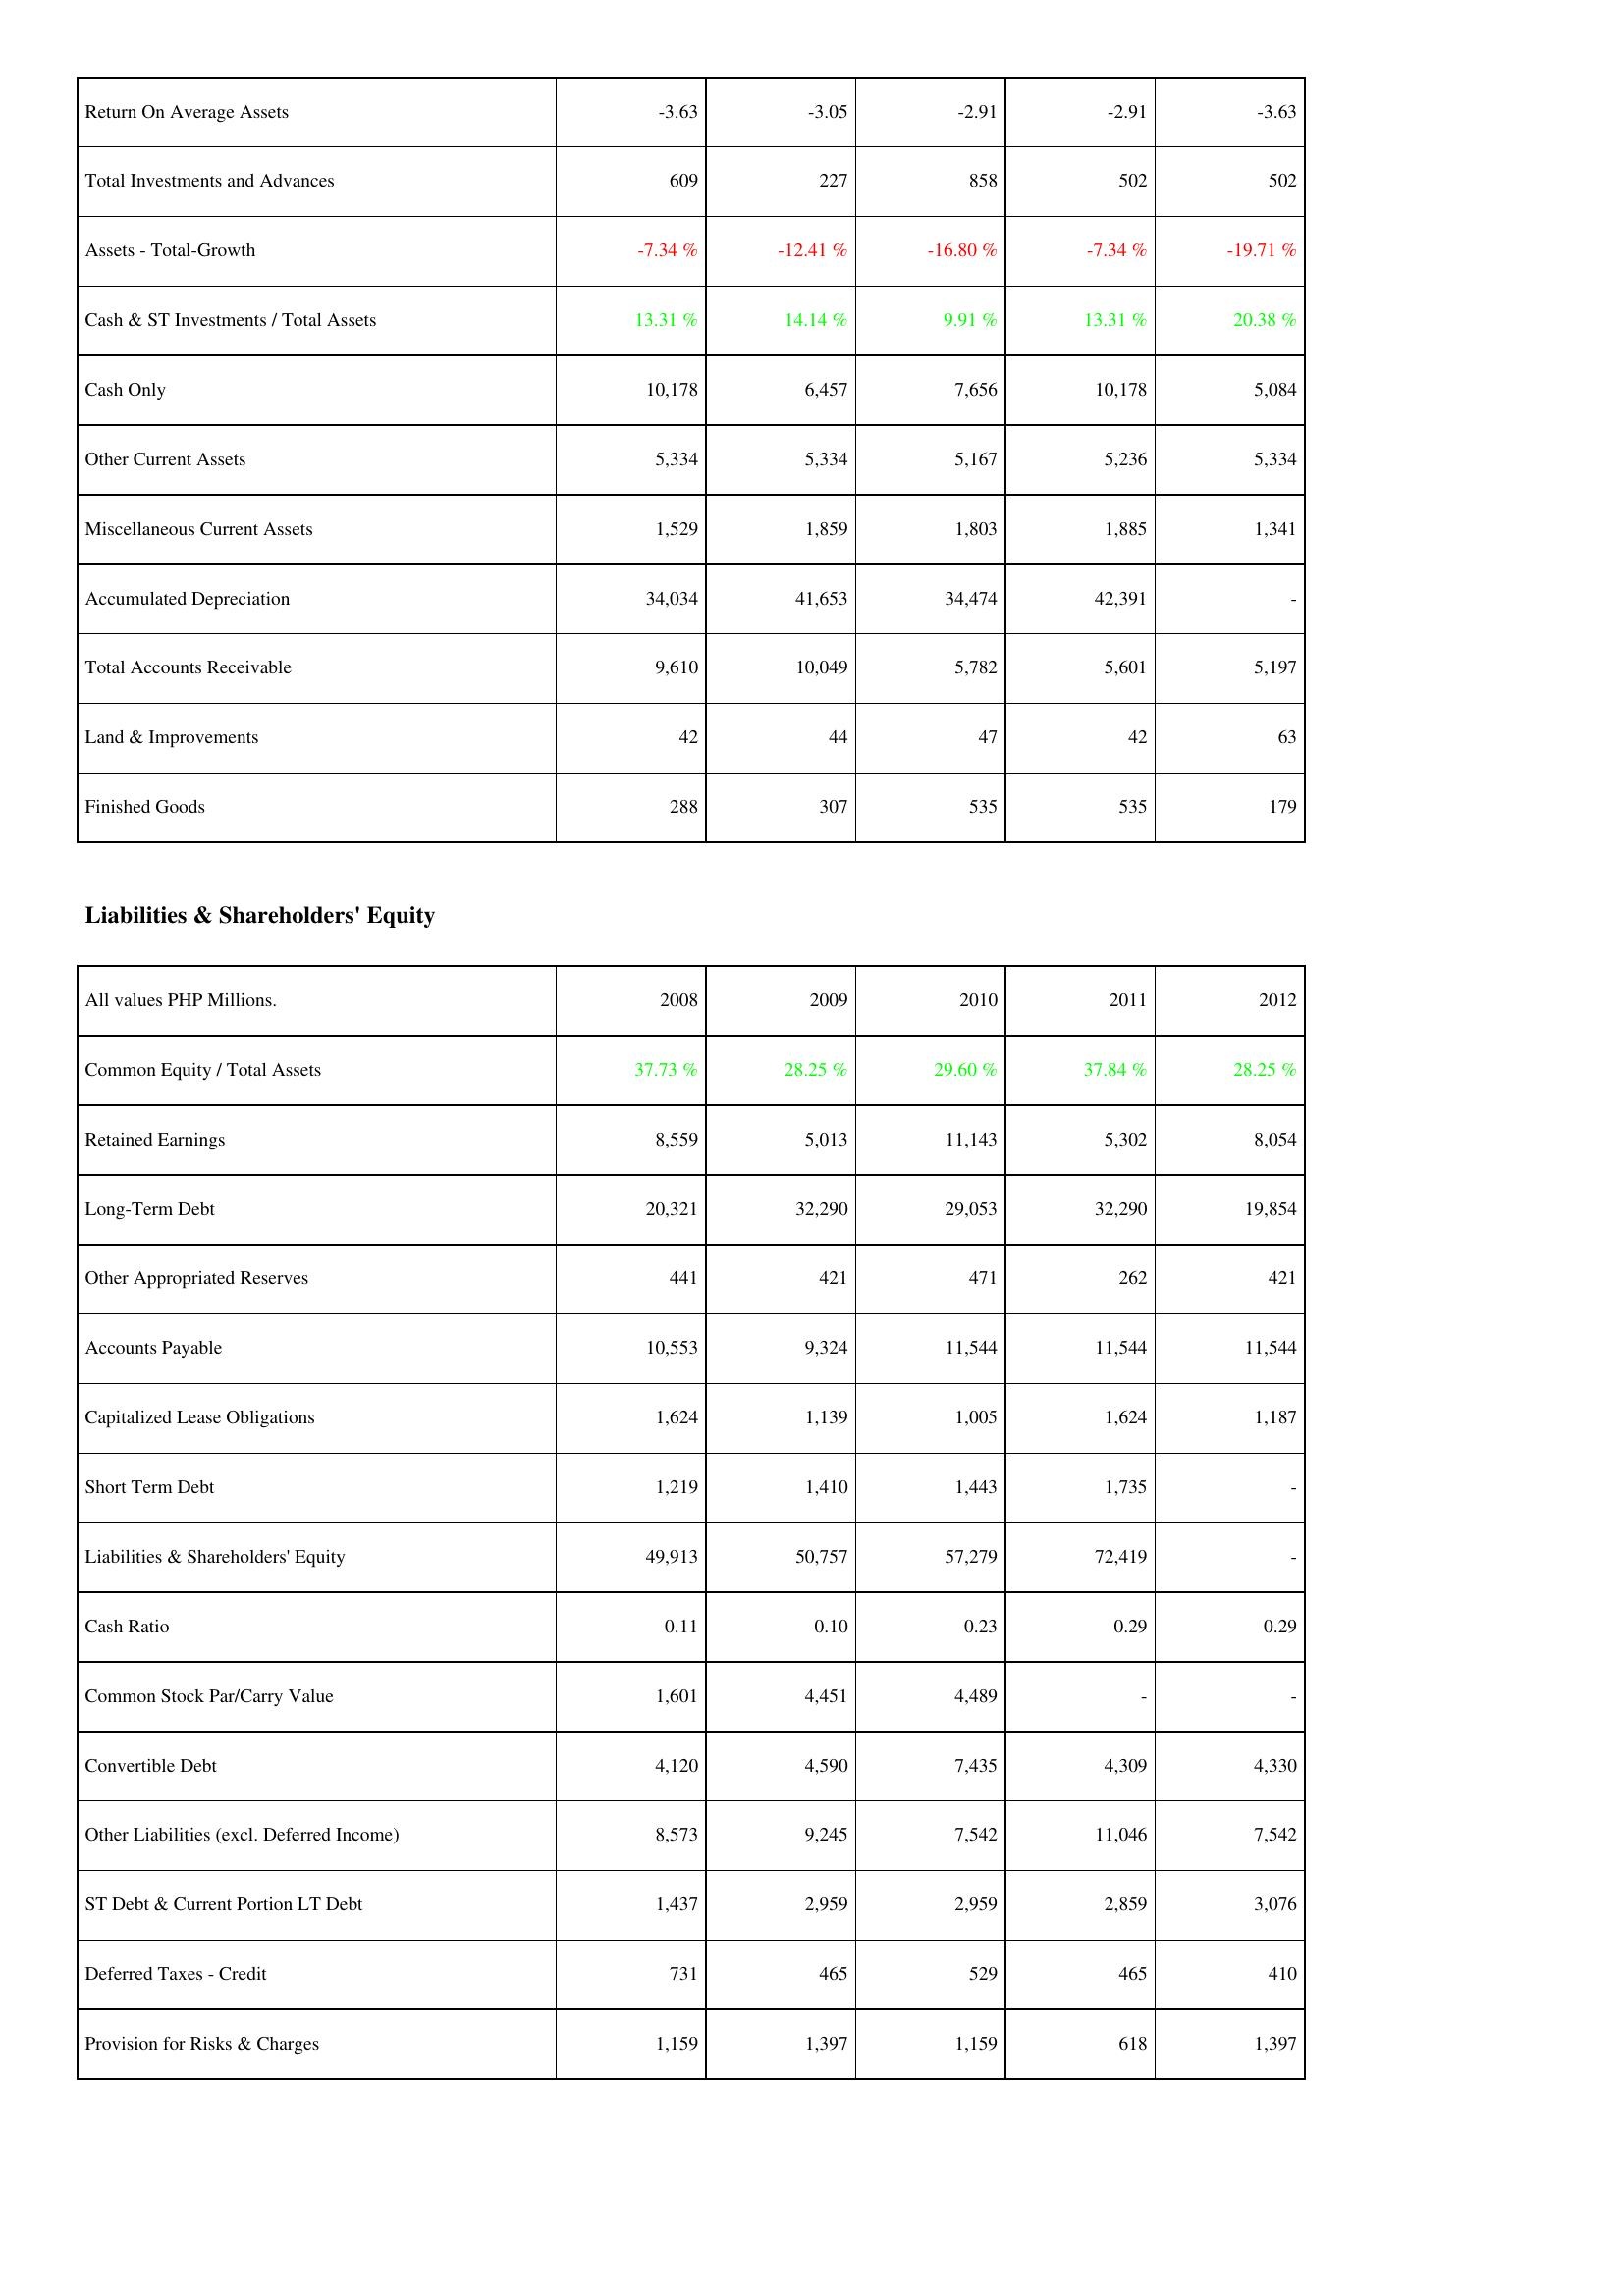
2008: Assets: Return On Average Assets: -3.63
Total Investments and Advances: 609
Assets - Total-Growth: -7.34 %
Cash & ST Investments / Total Assets: 13.31 %
Cash Only: 10,178
Other Current Assets: 5,334
Miscellaneous Current Assets: 1,529
Accumulated Depreciation: 34,034
Total Accounts Receivable: 9,610
Land & Improvements: 42
Finished Goods: 288
Liabilities & Shareholders' Equity: Common Equity / Total Assets: 37.73 %
Retained Earnings: 8,559
Long-Term Debt: 20,321
Other Appropriated Reserves: 441
Accounts Payable: 10,553
Capitalized Lease Obligations: 1,624
Short Term Debt: 1,219
Liabilities & Shareholders' Equity: 49,913
Cash Ratio: 0.11
Common Stock Par/Carry Value: 1,601
Convertible Debt: 4,120
Other Liabilities (excl. Deferred Income): 8,573
ST Debt & Current Portion LT Debt: 1,437
Deferred Taxes - Credit: 731
Provision for Risks & Charges: 1,159
2009: Assets: Return On Average Assets: -3.05
Total Investments and Advances: 227
Assets - Total-Growth: -12.41 %
Cash & ST Investments / Total Assets: 14.14 %
Cash Only: 6,457
Other Current Assets: 5,334
Miscellaneous Current Assets: 1,859
Accumulated Depreciation: 41,653
Total Accounts Receivable: 10,049
Land & Improvements: 44
Finished Goods: 307
Liabilities & Shareholders' Equity: Common Equity / Total Assets: 28.25 %
Retained Earnings: 5,013
Long-Term Debt: 32,290
Other Appropriated Reserves: 421
Accounts Payable: 9,324
Capitalized Lease Obligations: 1,139
Short Term Debt: 1,410
Liabilities & Shareholders' Equity: 50,757
Cash Ratio: 0.10
Common Stock Par/Carry Value: 4,451
Convertible Debt: 4,590
Other Liabilities (excl. Deferred Income): 9,245
ST Debt & Current Portion LT Debt: 2,959
Deferred Taxes - Credit: 465
Provision for Risks & Charges: 1,397
2010: Assets: Return On Average Assets: -2.91
Total Investments and Advances: 858
Assets - Total-Growth: -16.80 %
Cash & ST Investments / Total Assets: 9.91 %
Cash Only: 7,656
Other Current Assets: 5,167
Miscellaneous Current Assets: 1,803
Accumulated Depreciation: 34,474
Total Accounts Receivable: 5,782
Land & Improvements: 47
Finished Goods: 535
Liabilities & Shareholders' Equity: Common Equity / Total Assets: 29.60 %
Retained Earnings: 11,143
Long-Term Debt: 29,053
Other Appropriated Reserves: 471
Accounts Payable: 11,544
Capitalized Lease Obligations: 1,005
Short Term Debt: 1,443
Liabilities & Shareholders' Equity: 57,279
Cash Ratio: 0.23
Common Stock Par/Carry Value: 4,489
Convertible Debt: 7,435
Other Liabilities (excl. Deferred Income): 7,542
ST Debt & Current Portion LT Debt: 2,959
Deferred Taxes - Credit: 529
Provision for Risks & Charges: 1,159
2011: Assets: Return On Average Assets: -2.91
Total Investments and Advances: 502
Assets - Total-Growth: -7.34 %
Cash & ST Investments / Total Assets: 13.31 %
Cash Only: 10,178
Other Current Assets: 5,236
Miscellaneous Current Assets: 1,885
Accumulated Depreciation: 42,391
Total Accounts Receivable: 5,601
Land & Improvements: 42
Finished Goods: 535
Liabilities & Shareholders' Equity: Common Equity / Total Assets: 37.84 %
Retained Earnings: 5,302
Long-Term Debt: 32,290
Other Appropriated Reserves: 262
Accounts Payable: 11,544
Capitalized Lease Obligations: 1,624
Short Term Debt: 1,735
Liabilities & Shareholders' Equity: 72,419
Cash Ratio: 0.29
Common Stock Par/Carry Value: -
Convertible Debt: 4,309
Other Liabilities (excl. Deferred Income): 11,046
ST Debt & Current Portion LT Debt: 2,859
Deferred Taxes - Credit: 465
Provision for Risks & Charges: 618
2012: Assets: Return On Average Assets: -3.63
Total Investments and Advances: 502
Assets - Total-Growth: -19.71 %
Cash & ST Investments / Total Assets: 20.38 %
Cash Only: 5,084
Other Current Assets: 5,334
Miscellaneous Current Assets: 1,341
Accumulated Depreciation: -
Total Accounts Receivable: 5,197
Land & Improvements: 63
Finished Goods: 179
Liabilities & Shareholders' Equity: Common Equity / Total Assets: 28.25 %
Retained Earnings: 8,054
Long-Term Debt: 19,854
Other Appropriated Reserves: 421
Accounts Payable: 11,544
Capitalized Lease Obligations: 1,187
Short Term Debt: -
Liabilities & Shareholders' Equity: -
Cash Ratio: 0.29
Common Stock Par/Carry Value: -
Convertible Debt: 4,330
Other Liabilities (excl. Deferred Income): 7,542
ST Debt & Current Portion LT Debt: 3,076
Deferred Taxes - Credit: 410
Provision for Risks & Charges: 1,397